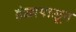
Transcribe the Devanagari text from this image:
हंसापासून